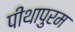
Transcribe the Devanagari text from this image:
पीथापुरम